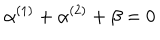
\alpha ^ { ( 1 ) } + \alpha ^ { ( 2 ) } + \beta = 0